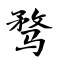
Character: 骛